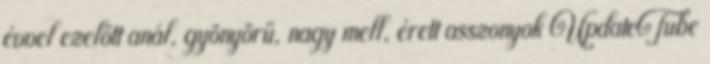
évvel ezelőtt anál, gyönyörű, nagy mell, érett asszonyok UpdateTube